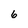
Character: 6